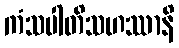
ကံသပါတိသဟဿာနိ